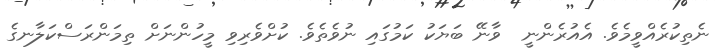
ނެތިކުރެއްވީމެވެ. އެއުރެންނީ  ވާނޭ ބަޔަކު ކަމުގައި ނުވެތެވެ. ކުށްވެރިވި މީހުންނަށް ތިމަންރަސްކަލާނގެ